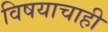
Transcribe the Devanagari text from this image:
विषयाचाही